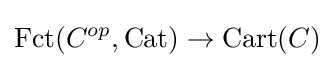
{\textrm {Fct}}(C^{op},{\textrm {Cat}})\to {\textrm {Cart}}(C)